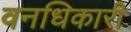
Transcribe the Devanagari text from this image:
वनधिकारी